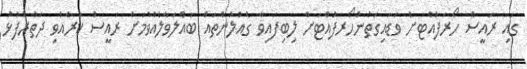
ގައި ރައީސް ހޯރަފުއްޓަށް ވަޑައިގަތުންހޯރަފުއްޓަށް ލިބިފައިވާ ގެއްލުންތައް ބައްލަވާލެއްވުމަށް ރައީސް ކުރެއްވި ދަތުރުފުޅު